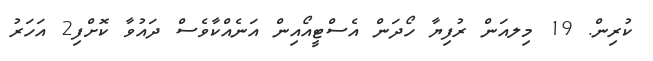
ކުރިން. 19 މިލއަން ރުފިޔާ ހޯދަން އެސްޓީއޯއިން އަނެއްކާވެސް ދައުވާ ކޮށްފި2 އަހަރު